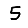
Digit: 5